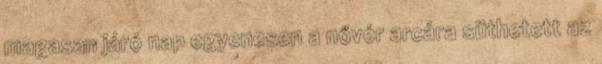
magasan járó nap egyenesen a nővér arcára süthetett az